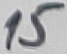
Text: 15